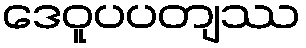
ဒေဝူပပတျဿ